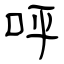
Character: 呯